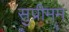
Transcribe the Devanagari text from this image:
सुप्रीमम